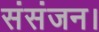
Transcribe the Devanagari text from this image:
संसंजन।